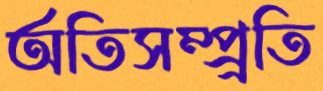
অতিসম্প্র্রতি